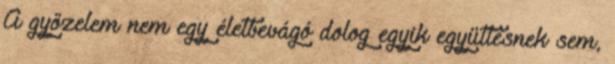
A győzelem nem egy életbevágó dolog egyik együttesnek sem,